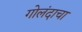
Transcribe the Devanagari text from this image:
गोलंदाचा